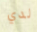
لدي